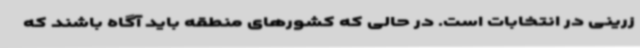
زرینی در انتخابات است. در حالی که کشورهای منطقه باید آگاه باشند که